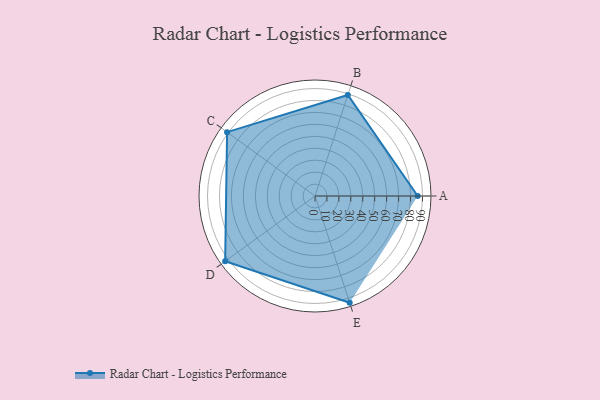
{"axis": {"x": "Skill", "y": "Score"}, "legend": ["Profile"], "data": [{"x": "A", "y": 86.0, "type": "Profile"}, {"x": "B", "y": 89.0, "type": "Profile"}, {"x": "C", "y": 91.0, "type": "Profile"}, {"x": "D", "y": 93.0, "type": "Profile"}, {"x": "E", "y": 94.0, "type": "Profile"}]}